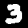
Label: 3